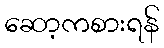
ဆော့ကစားရန်